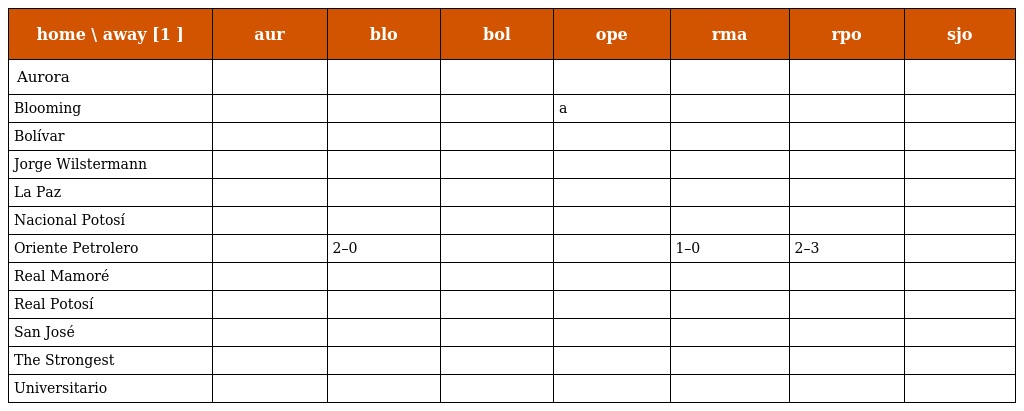
| home \ away [1 ] | aur | blo | bol | ope | rma | rpo | sjo |
 | --- | --- | --- | --- | --- | --- | --- | --- |
 | Aurora |  |  |  |  |  |  |  |
 | Blooming |  |  |  | a |  |  |  |
 | Bolívar |  |  |  |  |  |  |  |
 | Jorge Wilstermann |  |  |  |  |  |  |  |
 | La Paz |  |  |  |  |  |  |  |
 | Nacional Potosí |  |  |  |  |  |  |  |
 | Oriente Petrolero |  | 2–0 |  |  | 1–0 | 2–3 |  |
 | Real Mamoré |  |  |  |  |  |  |  |
 | Real Potosí |  |  |  |  |  |  |  |
 | San José |  |  |  |  |  |  |  |
 | The Strongest |  |  |  |  |  |  |  |
 | Universitario |  |  |  |  |  |  |  |